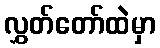
လွှတ်တော်ထဲမှာ